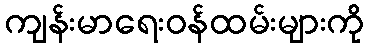
ကျန်းမာရေးဝန်ထမ်းများကို